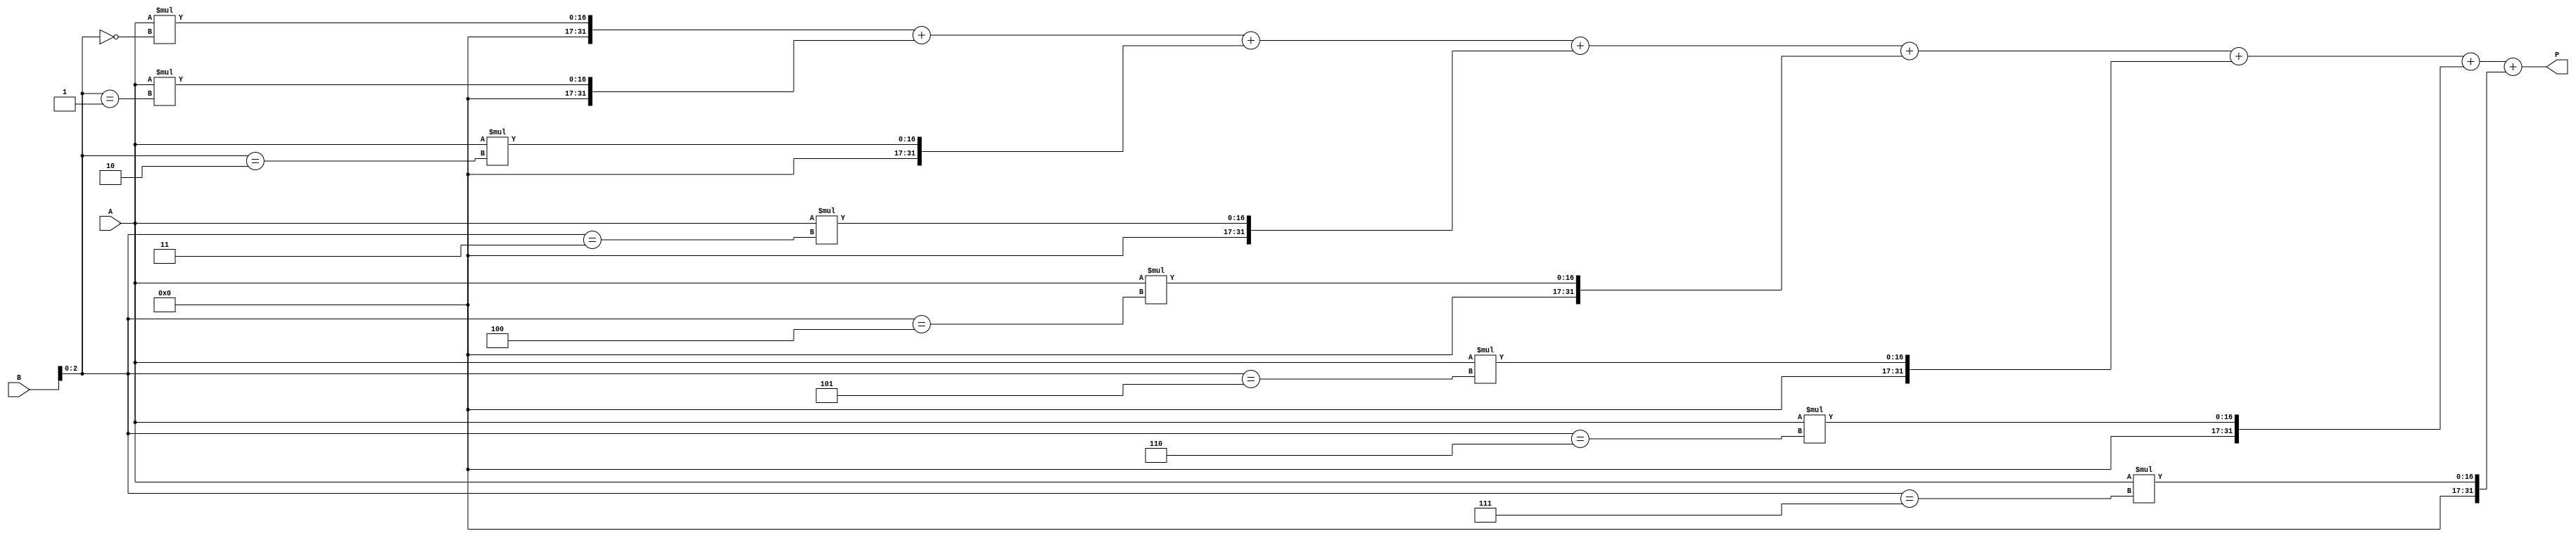
module higher_radix_wallace_multiplier (
    input [A_WIDTH-1:0] A,
    input [B_WIDTH-1:0] B,
    output [P_WIDTH-1:0] P
);
    parameter A_WIDTH = 16; // Width of operand A
    parameter B_WIDTH = 16; // Width of operand B
    parameter P_WIDTH = A_WIDTH + B_WIDTH; // Width of product
    parameter RADIX = 8; // Can be set to 8 or 16

    // Partial product array
    wire [P_WIDTH-1:0] partial_products [0:(1 << (RADIX / 2)) - 1];

    // Generate partial products
    generate
        if (RADIX == 8) begin
            genvar i, j;
            for (i = 0; i < B_WIDTH / 3; i = i + 1) begin
                for (j = 0; j < 8; j = j + 1) begin
                    assign partial_products[i * 8 + j] = (A * (B[i*3 +: 3] == j));
                end
            end
        end else if (RADIX == 16) begin
            genvar i, j;
            for (i = 0; i < B_WIDTH / 4; i = i + 1) begin
                for (j = 0; j < 16; j = j + 1) begin
                    assign partial_products[i * 16 + j] = (A * (B[i*4 +: 4] == j));
                end
            end
        end
    endgenerate

    // Wallace tree reduction
    wire [P_WIDTH-1:0] reduced_sum;
    wire [P_WIDTH-1:0] carry;

    // Simple reduction logic (can be optimized)
    // Here we would typically implement a full Wallace tree reduction
    // This example provides a placeholder for reduction logic
    assign reduced_sum = partial_products[0] + partial_products[1] + partial_products[2] + 
                         partial_products[3] + partial_products[4] + partial_products[5] +
                         partial_products[6] + partial_products[7];

    // Final addition stage (you can implement a more complex adder if desired)
    assign P = reduced_sum; // Final product output

endmodule